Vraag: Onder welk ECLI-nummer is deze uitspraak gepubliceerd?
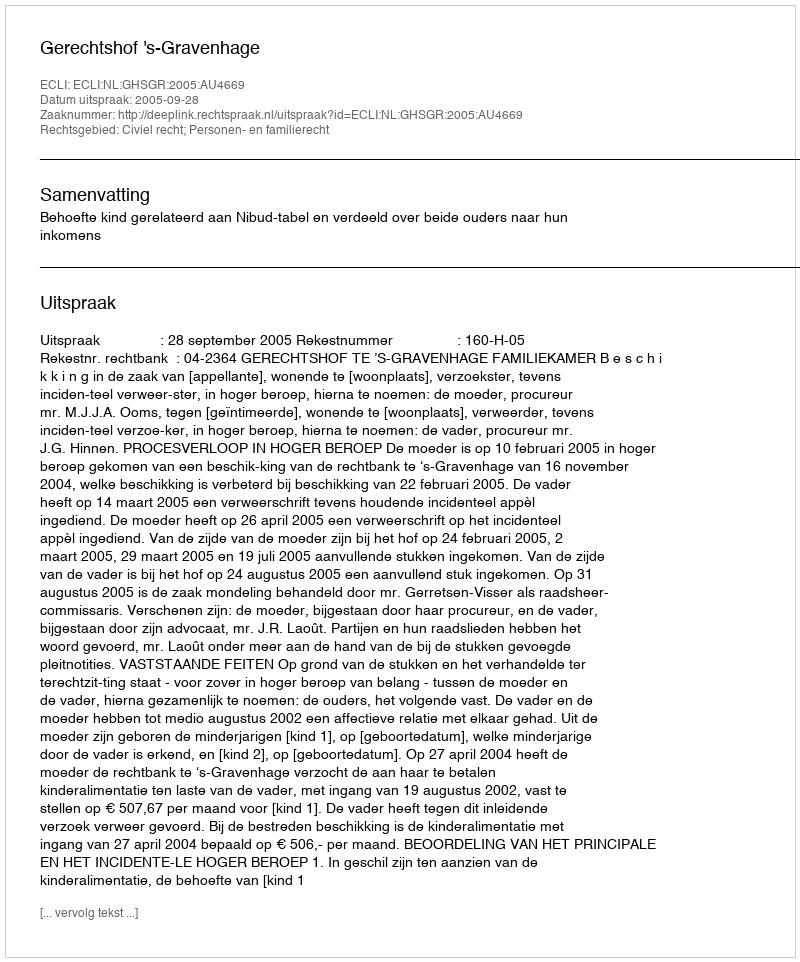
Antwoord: ECLI:NL:GHSGR:2005:AU4669